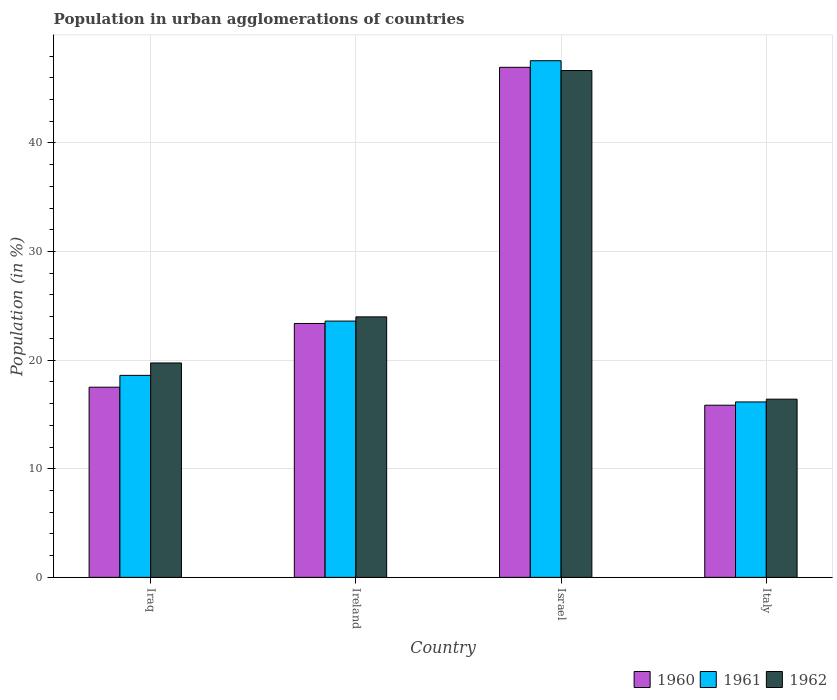
| Country | 1960 | 1961 | 1962 |
 | --- | --- | --- | --- |
 | Iraq | 17.5 | 18.6 | 19.7 |
 | Ireland | 23.4 | 23.6 | 24 |
 | Israel | 47 | 47.6 | 46.7 |
 | Italy | 15.9 | 16.2 | 16.4 |